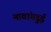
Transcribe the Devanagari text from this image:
मावांगडुई